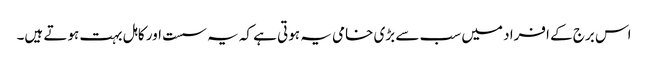
اس برج کے افراد میں سب سے بڑی خامی یہ ہوتی ہے کہ یہ سست اور کاہل بہت ہوتے ہیں۔